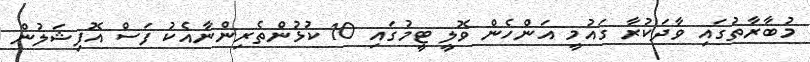
މުބާރާތުގައި ވާދަކުރާ ގައުމީ އަންހެން ވޮލީ ޓީމުގައި 10 ކުޅުންތެރިންނާއެކު ފަސް އޮފިޝަލުން